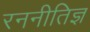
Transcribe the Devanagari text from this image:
रननीतिज्ञ